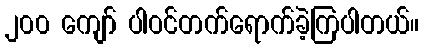
၂၀၀ ကျော် ပါဝင်တက်ရောက်ခဲ့ကြပါတယ်။